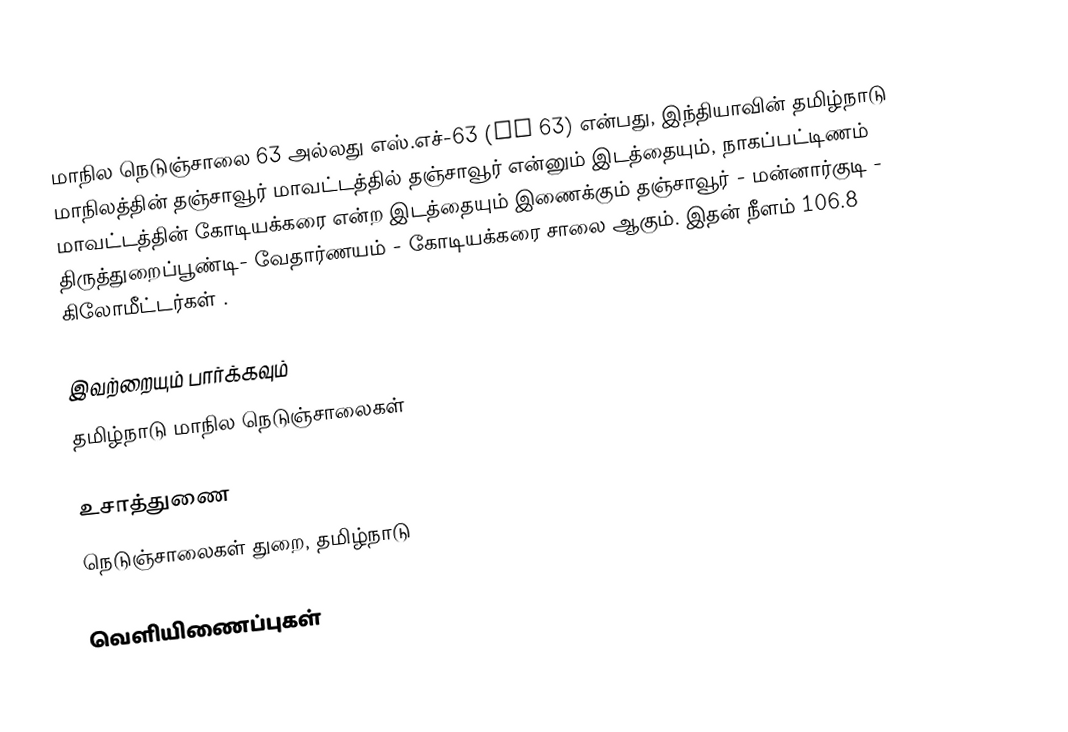
மாநில நெடுஞ்சாலை 63 அல்லது எஸ்.எச்-63 (SH 63) என்பது, இந்தியாவின் தமிழ்நாடு மாநிலத்தின் தஞ்சாவூர் மாவட்டத்தில் தஞ்சாவூர் என்னும் இடத்தையும், நாகப்பட்டிணம் மாவட்டத்தின்  கோடியக்கரை என்ற இடத்தையும் இணைக்கும் தஞ்சாவூர் - மன்னார்குடி - திருத்துறைப்பூண்டி- வேதார்ணயம் - கோடியக்கரை சாலை ஆகும். இதன் நீளம் 106.8 கிலோமீட்டர்கள் .

இவற்றையும் பார்க்கவும்
 தமிழ்நாடு மாநில நெடுஞ்சாலைகள்

உசாத்துணை
 நெடுஞ்சாலைகள் துறை, தமிழ்நாடு

வெளியிணைப்புகள்